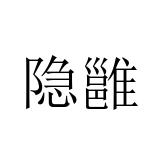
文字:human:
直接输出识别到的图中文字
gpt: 隐雝